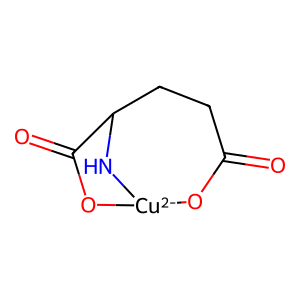
SMILES: O=C1CCC2N[Cu-2](O1)OC2=O
Inhibits HIV replication: No